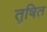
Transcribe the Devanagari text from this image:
तृषित